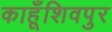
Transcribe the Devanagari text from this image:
काहूँशिवपुर